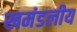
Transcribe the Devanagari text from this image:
खमंडलीय